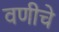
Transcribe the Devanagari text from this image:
वणीचे